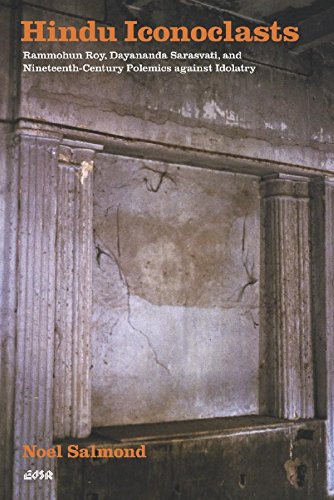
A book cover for Hindu Iconoclasts: Rammohun Roy, Dayananda Sarasvati, and Nineteenth-Century Polemics against Idolatry (Editions SR); Noel Salmond; Religion & Spirituality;